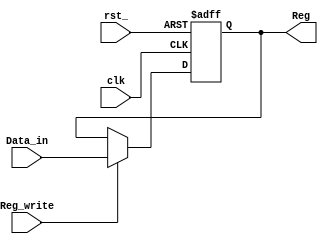
`timescale 1ns / 1ps
module Register(clk,rst_,Reg_write,Data_in,Reg);
    input clk,rst_,Reg_write;
    input [31:0]Data_in;
    output reg [31:0]Reg;
    always @(posedge clk or negedge rst_)
    begin
        if(!rst_) Reg <= 32'b0;
        else if (Reg_write) Reg <= Data_in;
    end
endmodule